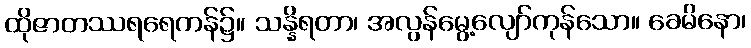
ထိုဇာတဿရရေကန်၌။ သန္နိရတာ၊ အလွန်မွေ့လျော်ကုန်သော။ ခေမိနော၊